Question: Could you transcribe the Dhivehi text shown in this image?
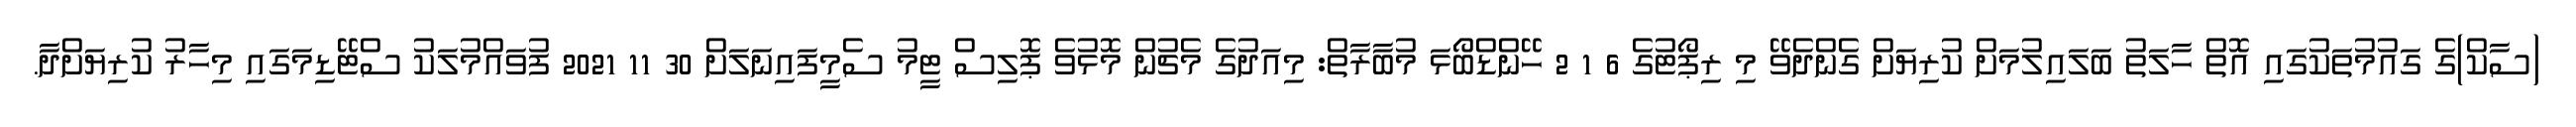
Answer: (ސާކް)ގެ ގައުމުތަކުގައި އޮތް ހާލަތު ބަލައިލުމަށް ކުރިޔަށް ގެންދެވޭ މި ރިޕޯޓުގެ 6 1 2 ހޭންޑްބޯޅަ މުބާރާތް: މިއަދުގެ މެޗުން މޮޅުވެ ޕޮލިސް ޓީމު ސެމީފައިނަލަށް 30 11 2021 ފުވައްމުލަކު ސްޓޭޑިމަގައި މިހާރު ކުރިޔަށްދާ.